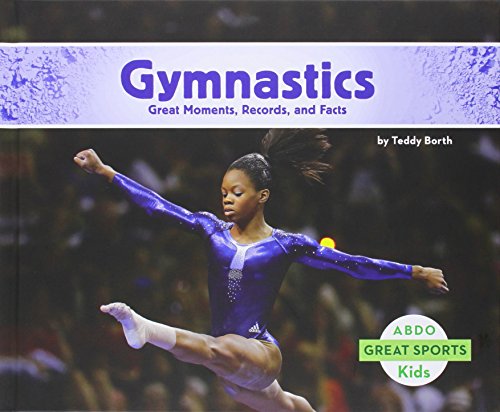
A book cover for Gymnastics:: Great Moments, Records, and Facts (Great Sports); Teddy Borth; Children's Books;